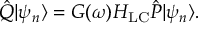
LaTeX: \hat { Q } | \psi _ { n } \rangle = G ( \omega ) H _ { \mathrm { L C } } \hat { P } | \psi _ { n } \rangle .